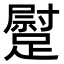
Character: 𨄯